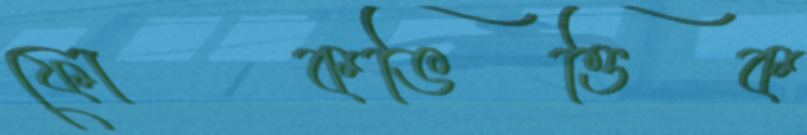
ফোকভিত্তিক